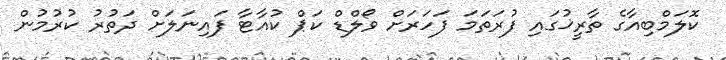
ކޮލަމްބިއާގެ ތާރީޚުގައި ފުރަތަމަ ފަހަރަށް ވޯލްޑް ކަޕް ކުއާޓާ ފައިނަލަށް ދަތުރު ކުރުމުން